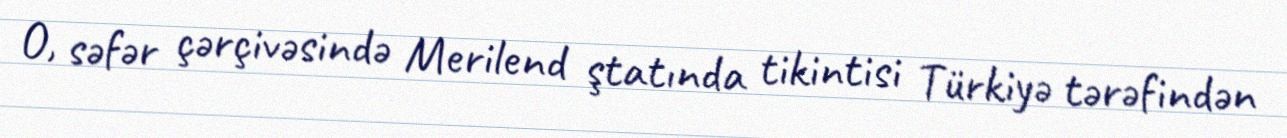
O, səfər çərçivəsində Merilend ştatında tikintisi Türkiyə tərəfindən